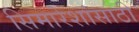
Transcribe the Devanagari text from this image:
सिमारेशांसाठी